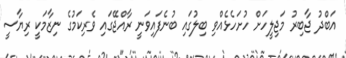
އަބްދު ޖާބިރު މަޖިލީހަށް ހުށަހެޅެއްވި ބިލުގައި ބުނެފައިވަނީ ރާއްޖޭގައި ވެރިކަމުގެ ނިޒާމަކީ ރިޔާސީ